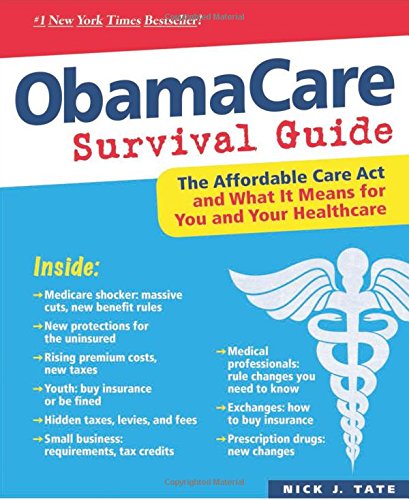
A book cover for ObamaCare Survival Guide: The Affordable Care Act and What It Means for You and Your Healthcare; Nick J. Tate; Business & Money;